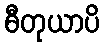
ဓီတုယာပိ